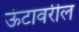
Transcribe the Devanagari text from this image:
ऊंटावरील